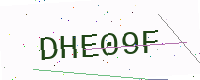
Text: DHE09F